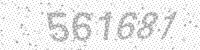
Solution: 561681